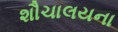
શૌચાલયના